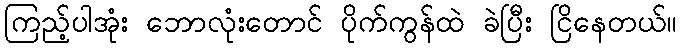
ကြည့်ပါအုံး ဘောလုံးတောင် ပိုက်ကွန်ထဲ ခဲပြီး ငြိနေတယ်။